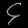
Digit: ၄